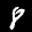
Label: 8